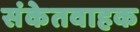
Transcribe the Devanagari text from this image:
संकेतवाहक